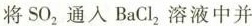
将SO_{2}通入BaCl_{2}溶液中并